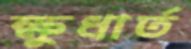
ক্ষুধার্ত